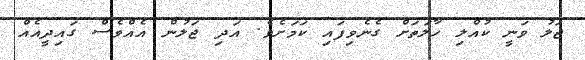
ޖަލު ވަނީ ކުއްލި ހާލަތަށް ގެނެވިފައި ކަމަށެވެ. އަދި ޖަލުން އެއްވެސް ގައިދީއެއް